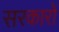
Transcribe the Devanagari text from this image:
सरकाराें